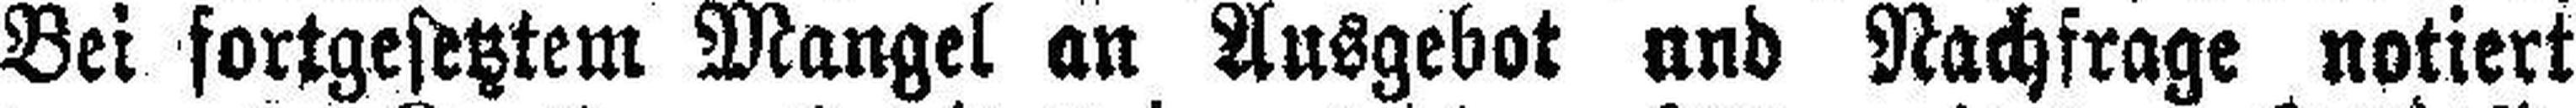
Bei fortgesetztem Mangel an Ausgebot und Nachfrage notiert